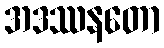
အဒဿနတော